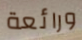
ورائعة